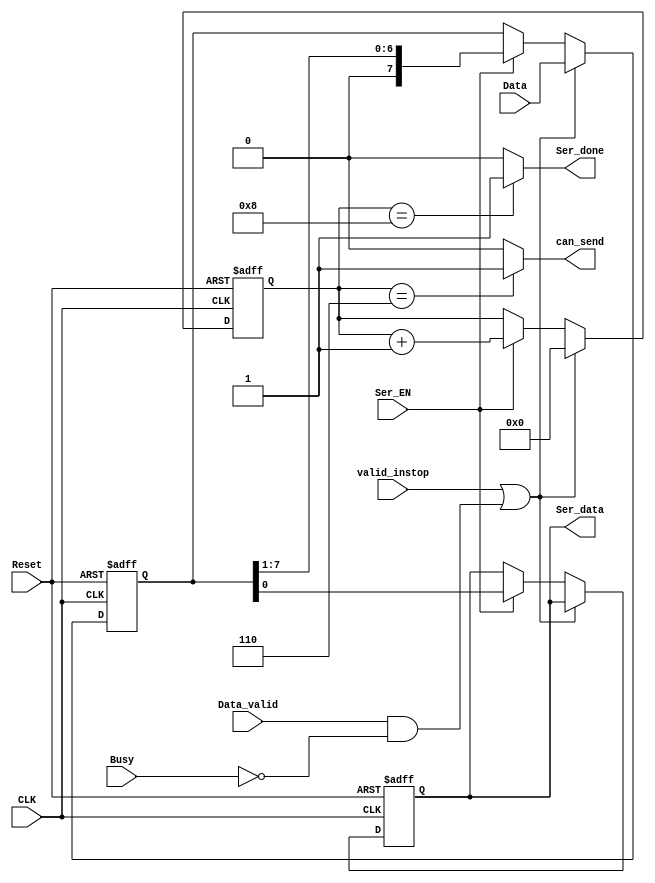
module serializer #(parameter width = 8) (
    //input & output ports
    input  wire             CLK,
    input  wire             Reset,
    input  wire             valid_instop,
    input  wire [width-1:0] Data,
    input  wire             Data_valid,  // High for one CLK cycle it tells me that the data is ready
    input  wire             Ser_EN,      // sent by the FSM to tell the serializer to start working
    input  wire             Busy,        // to tell the serializer that the uart is sending so don't accept new data
    output reg              Ser_data,    // serialized output
    output reg              Ser_done,     // when the serializer is done
    output reg              can_send
);

/*
this block is used to serializ the input data 
input:  d[n-1:0]
output: d[0] d[1] d[2] .... d[n-1]
*/


/*      internal signals    */
reg [width-1:0]        Reg_Data;
reg [$clog2(width):0]  counter;


/* if counter equal the number of bits of the input then the serializer is done */
always @(*) begin
    if(counter == width) begin
        Ser_done = 1'b1;
    end
    else begin
        Ser_done = 1'b0;
    end
end

always @(*) begin
    if(counter == width-2) begin
        can_send = 1'b1;
    end
    else begin
        can_send = 1'b0;
    end
end

/*   sequential always to serialize the data   */
always @(posedge CLK, negedge Reset) begin
    if (!Reset) begin
        Ser_data <= 1'b0;
        Reg_Data <= 0;
        counter  <= 0;
    end
    else if (valid_instop || (Data_valid && !Busy)) begin
        Reg_Data <= Data;       // register the data
        counter  <= 0;          // begin to count
    end
    else if(Ser_EN) begin
        {Reg_Data, Ser_data} <= {1'b0, Reg_Data};
        counter <= counter + 1;
    end
    
end
    
endmodule